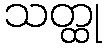
သတ္ထု